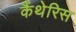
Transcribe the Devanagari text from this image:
कैंथेरिस